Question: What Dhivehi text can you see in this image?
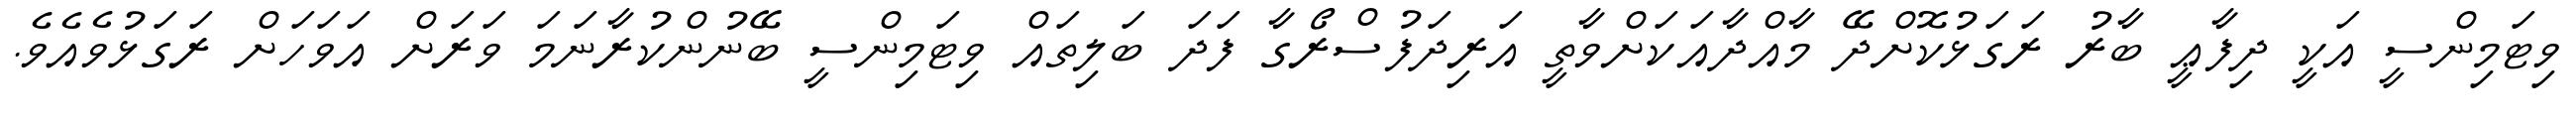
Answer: ވިޓަމިންސީ އަކީ ދިފާޢީ ބާރު ރަގަޅުކޮށްދޭ މާއްދާއަކަށްވާތީ އަރިދަފުސްރޯގާ ފަދަ ބަލިތައް ވިޓަމިންސީ ބޭނުންކުރާނަމަ ވަރަށް އަވަހަށް ރަގަޅުވެއެވެ.